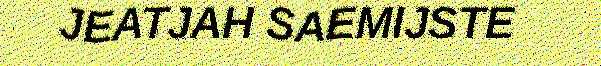
JEATJAH SAEMIJSTE